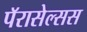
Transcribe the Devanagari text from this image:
पॅरासेल्सस